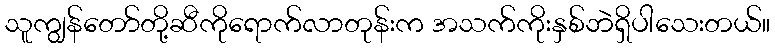
သူကျွန်တော်တို့ဆီကိုရောက်လာတုန်းက အသက်ကိုးနှစ်ဘဲရှိပါသေးတယ်။